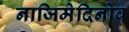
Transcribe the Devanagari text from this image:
नाजिमेदिनोव